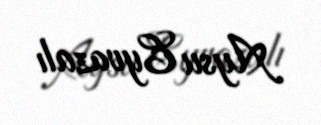
Aysu Eyvazalı